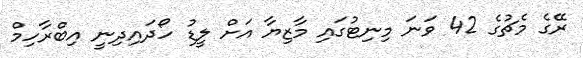
ރޭގެ މެޗުގެ 42 ވަނަ މިނިޓުގައި މާޒިޔާ އަށް ލީޑު ހޯދައިދިނީ އިބްރާހިމް